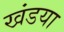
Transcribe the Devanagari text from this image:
खंडया